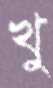
খু